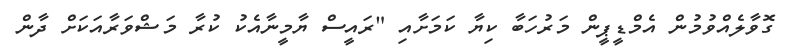
ގޮވާލެއްވުމުން އެމްޑީޕީން މަރުހަބާ ކިޔާ ކަމަށާއި "ރައީސް ޔާމީނާއެކު ކުރާ މަޝްވަރާއަކަށް ދާން